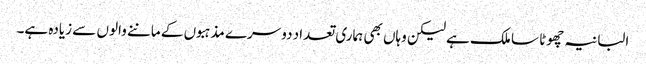
البانیہ چھوٹا سا ملک ہے لیکن وہاں بھی ہماری تعداد دوسرے مذہبوں کے ماننے والوں سے زیادہ ہے۔